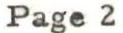
Page 2